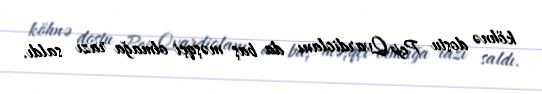
köhnə dostu Pep Qvardiolanı da baş məşqçi olmağa razı saldı.